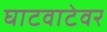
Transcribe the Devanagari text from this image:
घाटवाटेवर